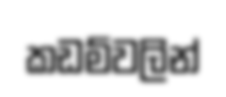
කඩම්වලින්